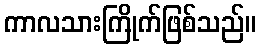
ကာလသားကြိုက်ဖြစ်သည်။